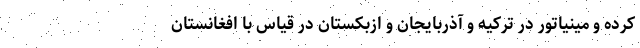
کرده و مینیاتور در ترکیه و آذربایجان و ازبکستان در قیاس با افغانستان